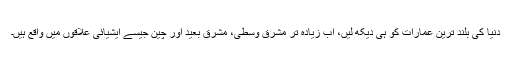
دنیا کی بلند ترین عمارات کو ہی دیکھ لیں، اب زیادہ تر مشرق وسطیٰ، مشرق بعید اور چین جیسے ایشیائی علاقوں میں واقع ہیں۔